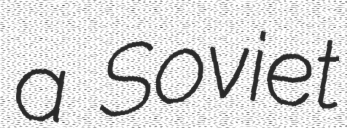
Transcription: a Soviet